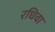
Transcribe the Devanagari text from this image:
रधिवा